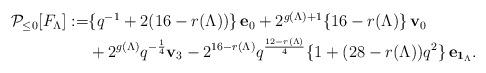
LaTeX: \begin{align*}\begin{aligned}{\mathcal P}_{\leq0}[F_{\Lambda}]:=&\{q^{-1}+2(16-r(\Lambda))\}\,{\bf e}_{0}+2^{g(\Lambda)+1}\{16-r(\Lambda)\}\,{\bf v}_{0}\\&+2^{g(\Lambda)}q^{-\frac{1}{4}}{\bf v}_{3}-2^{16-r(\Lambda)}q^{\frac{12-r(\Lambda)}{4}}\{1+(28-r(\Lambda))q^{2}\}\,{\bf e}_{{\bf 1}_{\Lambda}}.\end{aligned}\end{align*}